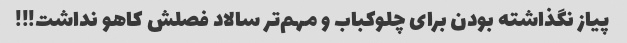
پیاز نگذاشته بودن برای چلوکباب و مهم‌تر سالاد فصلش کاهو نداشت!!!